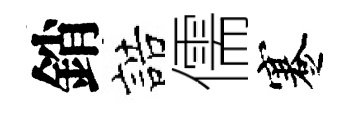
銷誥儒蹇